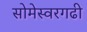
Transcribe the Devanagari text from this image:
सोमेस्वरगढी